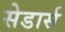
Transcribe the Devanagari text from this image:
सेडार्स